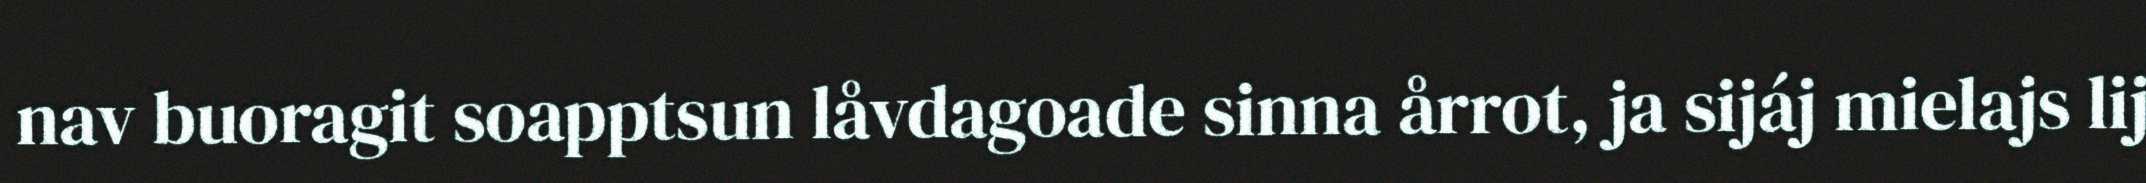
nav buoragit soapptsun låvdagoade sinna årrot, ja sijáj mielajs lij